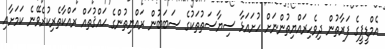
އެމްޑީޕީގެ ފަރާތުން ދިވެހިރައްޔިތުންނަށް ހުށައަޅާ ސިޔާސަތުތަކުގެ ސަބަބުން ރައްޔިތުންގެ ޙައްޤުތައް ރައްކާތެރިކުރެވޭނެ ކަމަށާއި